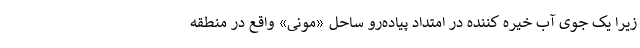
زیرا یک جوی آب خیره کننده در امتداد پیاده‌رو ساحل «مونی» واقع در منطقه